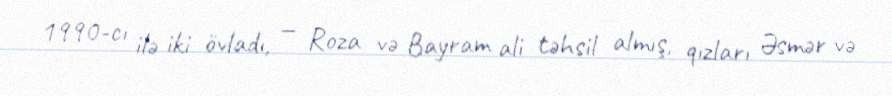
1990-cı ilə iki övladı, — Roza və Bayram ali təhsil almış, qızları Əsmər və